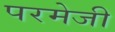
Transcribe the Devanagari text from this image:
परमेजी